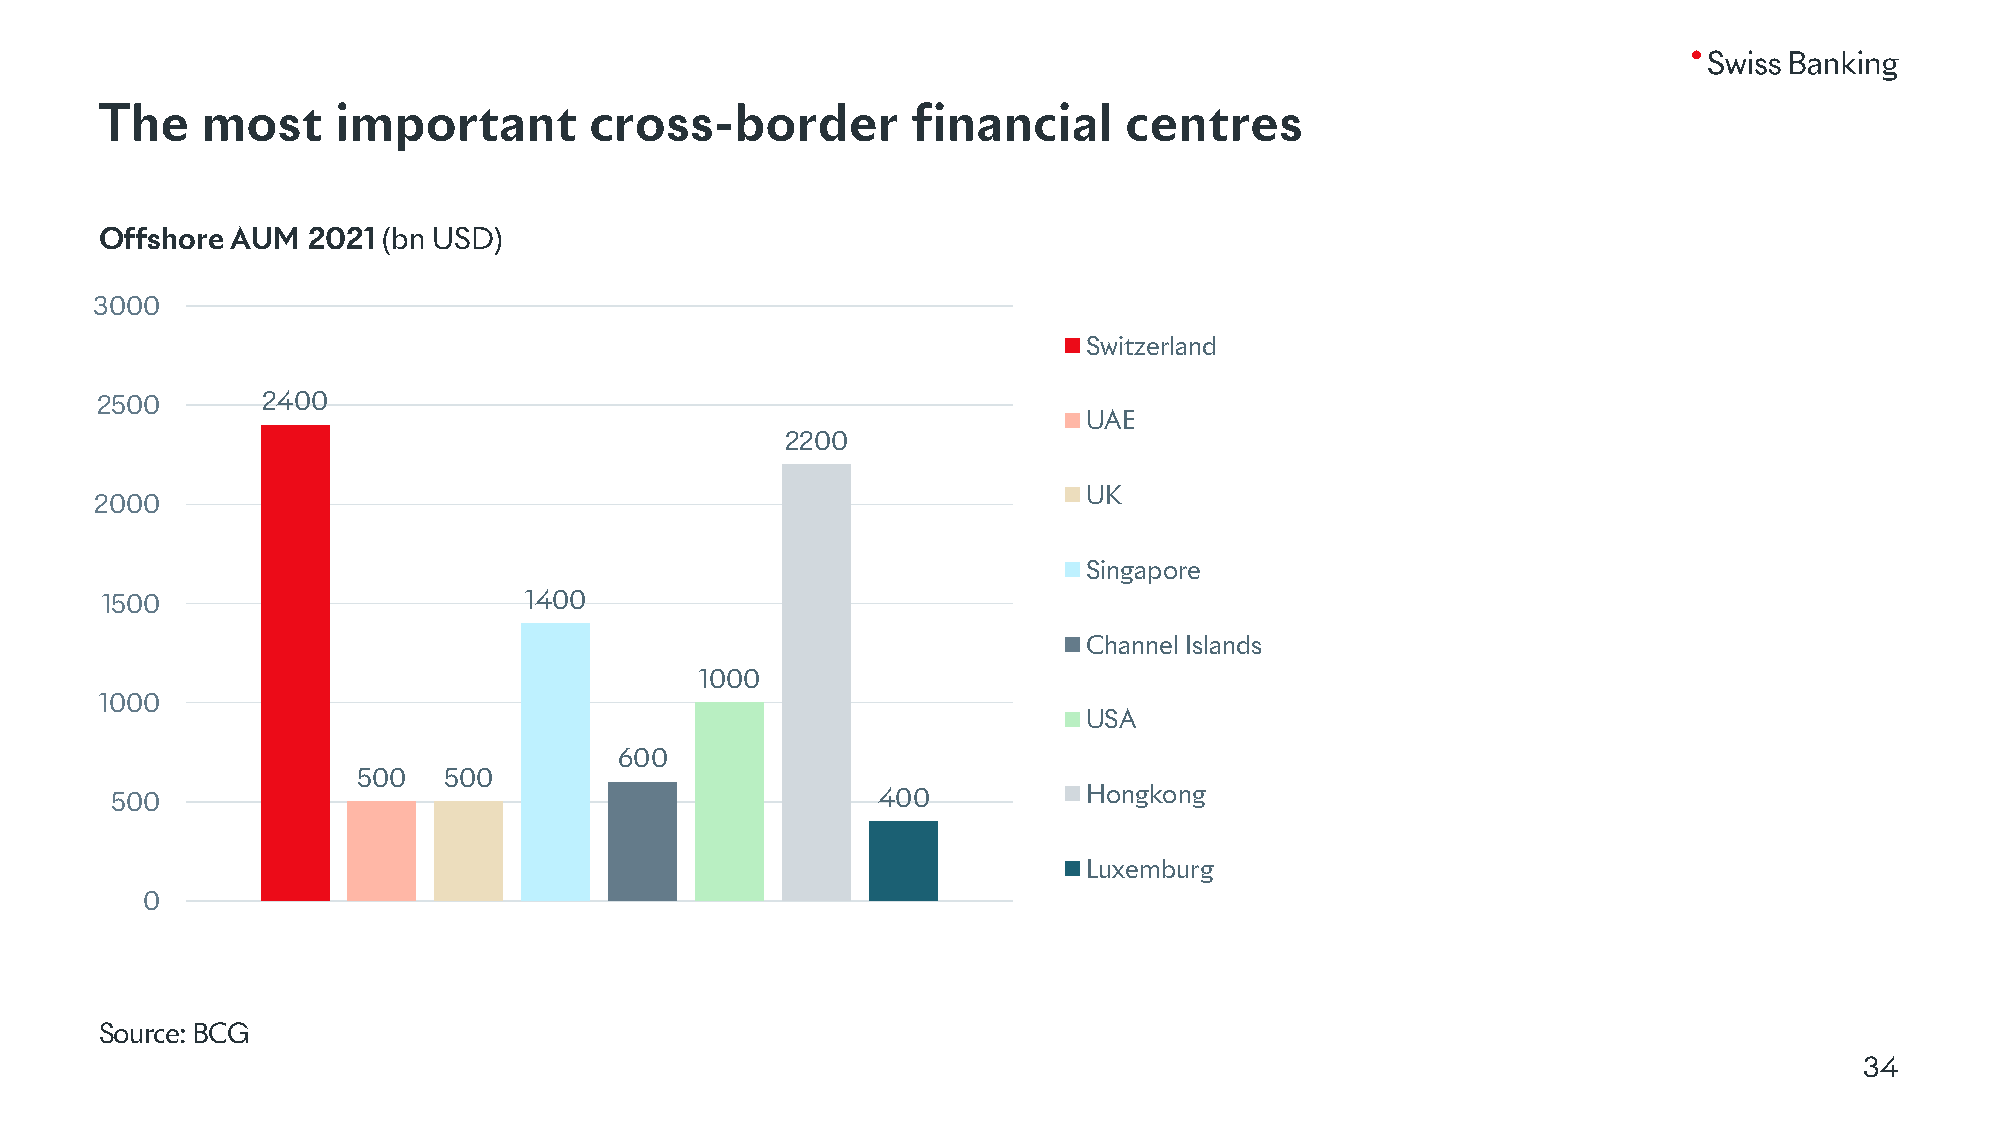
The   most     important        cross-border         financial     centres
 Offshore AUM 2021 (bn USD)
 3000
 Switzerland
 2500       2400
 UAE
 2200
 UK
 2000
 Singapore
 1500                        1400
 Channel Islands
 1000
 1000
 USA
 600
 500  500
 500                                                400           Hongkong
 Luxemburg
 0
 Source: BCG
 34